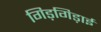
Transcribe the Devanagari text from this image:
गिड़गिड़ाई